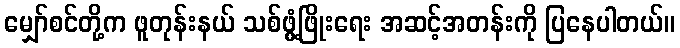
မျှော်စင်တို့က ဖူတုန်းနယ် သစ်ဖွံ့ဖြိုးရေး အဆင့်အတန်းကို ပြနေပါတယ်။